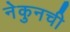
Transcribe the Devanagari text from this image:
नेकुनची